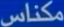
مکناس